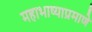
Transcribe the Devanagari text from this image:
महाभाष्याप्रमाणे